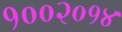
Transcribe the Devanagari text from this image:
१००२०१४